Annual report on the lock hospitals of the Madras Presidency
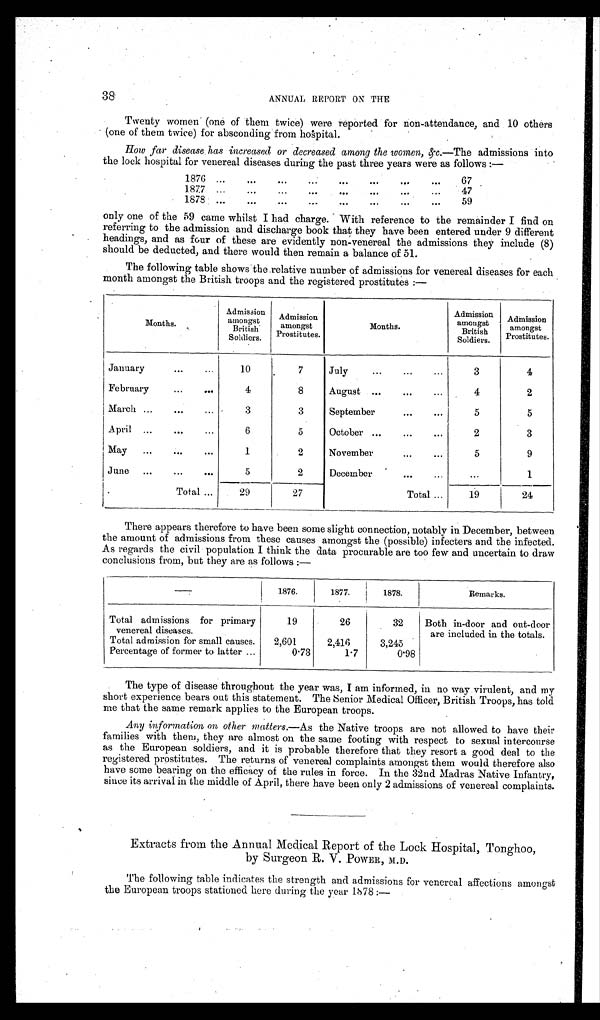
38
ANNUAL REPORT ON THE
Twenty women (one of them twice) were reported for non-attendance, and 10 others
(one of them twice) for absconding from hospital.
How far disease has increased or decreased among the women, &c.— The admissions into
the lock hospital for venereal diseases during the past three years were as follows :—
1876 ...
. . . . . .
. . .
. . .
67
1877 ...
...
...
...
...
. . .
47
1878 ...
...
...
...
...
...
. . . 59
only one of the 59 came whilst I had charge. With reference to the remainder I find on
referring to the admission and discharge book that they have been entered under 9 different
headings, and as four of these are evidently non-venereal the admissions they include (8)
should be deducted, and there would then remain a balance of 51.
The following table shows the relative number of admissions for venereal diseases for each
month amongst the British troops and the registered prostitutes :—
Months.
Admission
amongst
British
Soldiers.
Admission
amongst
Prostitutes.
Months.
Admission
amongst
British
Soldiers.
Admission
amongst
Prostitutes.
January
...
...
10
7
July
...
...
...
3
4
February...
4
8
August ...
...
...
4
2
March ...
...
...
3
3
September
...
5
5
April
...
...
...
6
5
October ...
...
2
3
May
...
...
...
1
2
November
...
5
9
June
...
...
...
5
2
December
...
...
1
Total ...
29
27
Total ...
19
24
There appears therefore to have been some slight connection, notably in December, between
the amount of admissions from these causes amongst the (possible) infecters and the infected.
As regards the civil population I think the data procurable are too few and uncertain to draw
conclusions from, but they are as follows :—
1876.
1877.
1878.
Remarks.
Total admissions for primary
venereal diseases.
19
26
32
Both in-door and out-door
are included in the totals.
Total admission for small causes.
2,601
2,416
3,245
Percentage of former to latter ...
0·73
1·7
0·98
The type of disease throughout the year was, I am informed, in no way virulent, and my
short experience bears out this statement. The Senior Medical Officer, British Troops, has told
me that the same remark applies to the European troops.
Any information on other matters.—As the Native troops are not allowed to have their
families with them, they are almost on the same footing with respect to sexual intercourse
as the European soldiers, and it is probable therefore that they resort a good deal to the
registered prostitutes. The returns of venereal complaints amongst them would therefore also
have some bearing on the efficacy of the rules in force. In the 32nd Madras Native Infantry,
since its arrival in the middle of April, there have been only 2 admissions of venereal complaints.
Extracts from the Annual Medical Report of the Lock Hospital, Tonghoo,
by Surgeon R. V. POWER, M.D.
The following table indicates the strength and admissions for venereal affections amongst
the European troops stationed here during the year 1878 :—